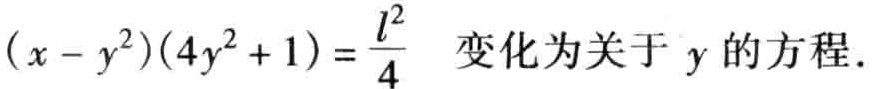
\((x - y^{2})(4y^{2}+1)=\frac{l^{2}}{4}\)